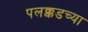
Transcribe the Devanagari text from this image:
पलक्कडच्या